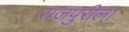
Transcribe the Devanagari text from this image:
राजपुरीला